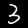
Label: 3